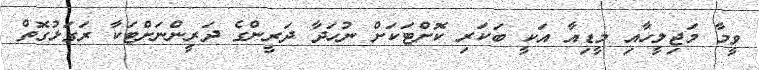
ވީމާ މަޖިލީހާއި މީޑިއާ އަކީ ބަކަރި ކޮށްޓަކަށް ނުހަދާ ދަރީންގެ ދަރީންނަށްޓަކާ ރަގަޅުގޮތް